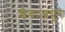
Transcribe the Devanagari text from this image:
शेवाजपुर